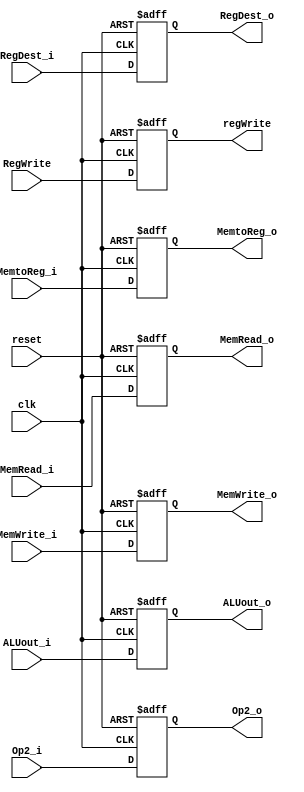
`timescale 1ns / 1ps
//////////////////////////////////////////////////////////////////////////////////
// Company: 
// Engineer: 
// 
// Design Name: 
// Module Name:    EXMEMregister 
// Project Name: 
// Target Devices: 
// Tool versions: 
// Description: 
//
// Dependencies: 
//
// Revision: 
// Revision 0.01 - File Created
// Additional Comments: 
//
//////////////////////////////////////////////////////////////////////////////////
module EXMEMregister(
   input [31:0] ALUout_i,
	input [31:0] Op2_i,
	output reg [31:0] ALUout_o,
	output reg [31:0] Op2_o,
	input [4:0] RegDest_i,
	output reg [4:0] RegDest_o,
	input RegWrite,
	output reg regWrite,
	input clk,
	input reset,
	input MemRead_i, MemWrite_i, MemtoReg_i,
	output reg MemRead_o, MemWrite_o, MemtoReg_o
	
    );
	
	 
	 always @ (posedge clk, posedge reset)
begin
	 if (reset == 1)
	 begin
	 ALUout_o <= 32'b0;
	 Op2_o <= 32'b0;
	 regWrite <= 1'b0;
	 RegDest_o <= 3'b0;
	 MemRead_o <= 0;
	 MemWrite_o <= 0;
	 MemtoReg_o <= 0;
	 
	 end
	 else 
	 begin
	 ALUout_o <= ALUout_i;
	 Op2_o <= Op2_i;
	 regWrite <= RegWrite;
	 RegDest_o <= RegDest_i;
	 MemRead_o <= MemRead_i;
	 MemWrite_o <= MemWrite_i;
	 MemtoReg_o <= MemtoReg_i;
	 end

	 
end

endmodule